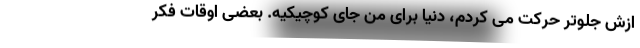
ازش جلوتر حرکت می ‌کردم، دنیا برای من جای کوچیکیه. بعضى اوقات فکر